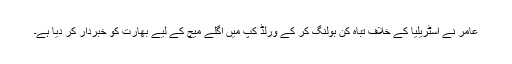
عامر نے آسٹریلیا کے خلاف تباہ کن بولنگ کر کے ورلڈ کپ میں اگلے میچ کے لیے بھارت کو خبردار کر دیا ہے۔